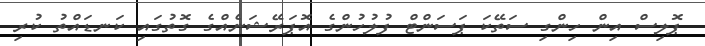
ޕޮލިސް އިން ހިންގި ސަތޭކަ ޕަސަންޓް ފުލުހުންގެ އޮޕަރޭޝަނެއްގެ ގޮތުގައި ކަނޑައްތު ކުރި